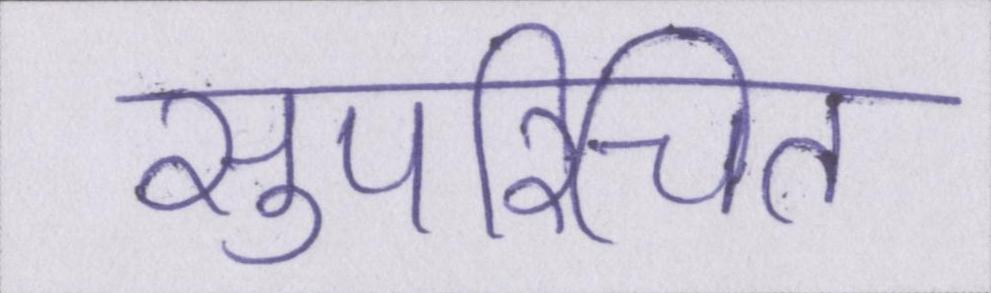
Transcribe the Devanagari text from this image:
सुपरिचित